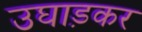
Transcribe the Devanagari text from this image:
उघाड़कर